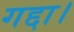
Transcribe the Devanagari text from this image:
गद्दा।